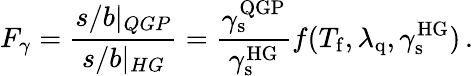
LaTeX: F_{\gamma}=\frac{s/b|_{QGP}}{s/b|_{HG}}=\frac{\gamma_{\mathrm{s}}^{\mathrm{QGP}}}{\gamma_{\mathrm{s}}^{\mathrm{HG}}}f(T_{\mathrm{f}},\lambda_{\mathrm{q}},\gamma_{\mathrm{s}}^{\mathrm{HG}})\, .